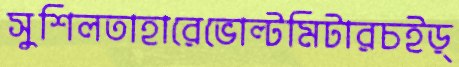
সুশিলতাহারেভোল্টমিটারচইড়্